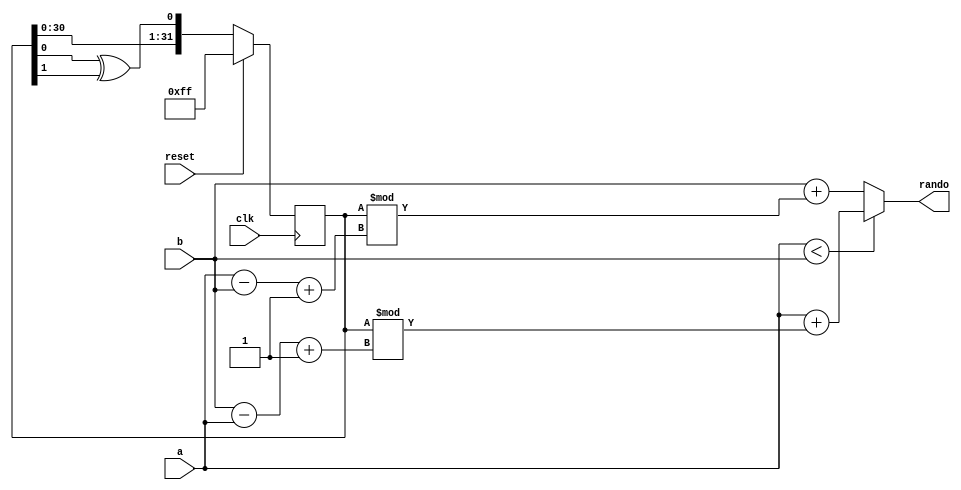
module RandomNumberGenerator (
  input wire clk,
  input wire reset,
  input wire [31:0] a,
  input wire [31:0] b,
  output reg [31:0] rando
);

  reg [31:0] lfsr_state;

  always @(posedge clk) begin
    if (reset)
      lfsr_state <= 32'h00FF;
    else
      lfsr_state <= {lfsr_state[30:0], lfsr_state[0] ^ lfsr_state[1]};
  end

  always @(*) begin
    if (a < b)
      rando = a + lfsr_state % (b - a + 1);
    else
      rando = b + lfsr_state % (a - b + 1);
  end

endmodule